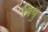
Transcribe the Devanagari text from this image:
पियु